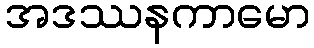
အဒဿနကာမော